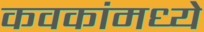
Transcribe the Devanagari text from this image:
कवकांमध्ये